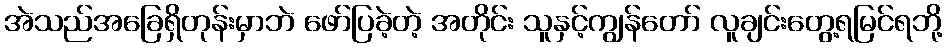
အဲသည်အခြေရှိတုန်းမှာဘဲ ဖော်ပြခဲ့တဲ့ အတိုင်း သူနှင့်ကျွန်တော် လူချင်းတွေ့ရမြင်ရဘို့